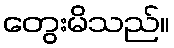
တွေးမိသည်။